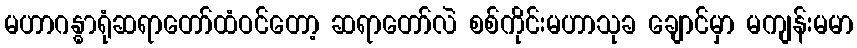
မဟာဂန္ဓာရုံဆရာတော်ထံဝင်တော့ ဆရာတော်လဲ စစ်ကိုင်းမဟာသုခ ချောင်မှာ မကျန်းမမာ